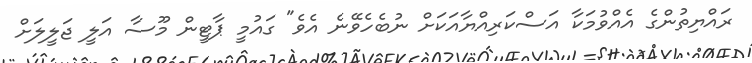
ރައްޔިތުންގެ އެއްވުމަކާ އަސްކަރިއްޔާއަކަށް ނުބެހެވޭނެ އެވެ" ގައުމީ ޕާޓީން މޫސާ އަލީ ޖަލީލަށް